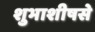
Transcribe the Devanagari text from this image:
शुभाशीषसे